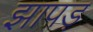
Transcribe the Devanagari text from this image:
झापड़